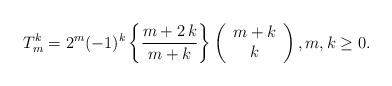
LaTeX: \begin{align*}T_m^k = {2^m}{( - 1)^k}\left\{ {\frac{{m + 2\,k}}{{m + k}}} \right\}\left( \begin{array}{c}m + k\\k\end{array} \right),m,k \ge 0.\end{align*}